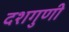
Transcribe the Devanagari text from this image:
दशगुणी